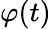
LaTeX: \varphi(t)